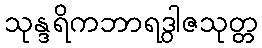
သုန္ဒရိကဘာရဒွါဇသုတ္တ